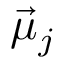
\vec { \mu } _ { j }